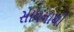
સાધનાથી